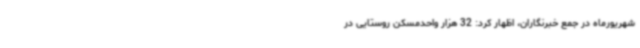
شهریورماه در جمع خبرنگاران، اظهار کرد: 32 هزار واحدمسکن روستایی در